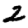
Digit: 2